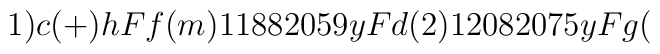
1)c(+)h Ff(m)1188 2059 y Fd(2)1208 2075 y Fg(